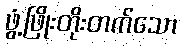
ဖွံ့ဖြိုးတိုးတက်သော